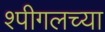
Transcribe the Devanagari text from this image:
श्पीगलच्या